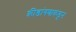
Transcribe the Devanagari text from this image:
क्रीडांगणाकडून